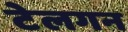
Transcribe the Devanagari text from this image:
टेलगन